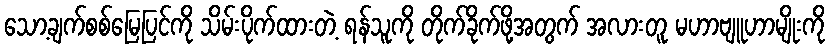
သော့ချက်စစ်မြေပြင်ကို သိမ်းပိုက်ထားတဲ့ ရန်သူကို တိုက်ခိုက်ဖို့အတွက် အလားတူ မဟာဗျူဟာမျိုးကို